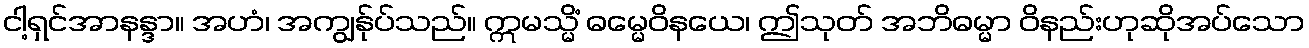
ငါ့ရှင်အာနန္ဒာ။ အဟံ၊ အကျွန်ုပ်သည်။ ဣမသ္မိံ ဓမ္မေဝိနယေ၊ ဤသုတ် အဘိဓမ္မာ ဝိနည်းဟုဆိုအပ်သော